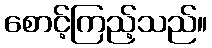
စောင့်ကြည့်သည်။